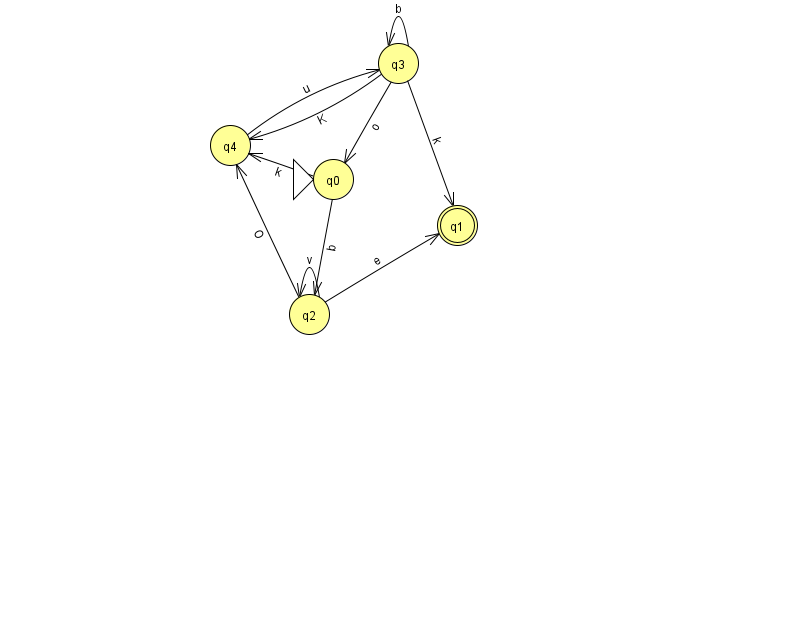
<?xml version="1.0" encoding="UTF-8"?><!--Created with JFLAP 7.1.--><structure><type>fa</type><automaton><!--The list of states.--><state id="0" name="q0"><x>333.0</x><y>166.0</y><initial/></state><state id="1" name="q1"><x>457.0</x><y>212.0</y><final/></state><state id="2" name="q2"><x>309.0</x><y>301.0</y></state><state id="3" name="q3"><x>398.0</x><y>50.0</y></state><state id="4" name="q4"><x>230.0</x><y>132.0</y></state><!--The list of transitions.--><transition><from>3</from><to>3</to><read>b</read></transition><transition><from>4</from><to>3</to><read>u</read></transition><transition><from>0</from><to>2</to><read>b</read></transition><transition><from>2</from><to>2</to><read>v</read></transition><transition><from>3</from><to>1</to><read>k</read></transition><transition><from>0</from><to>4</to><read>k</read></transition><transition><from>2</from><to>4</to><read>O</read></transition><transition><from>3</from><to>0</to><read>o</read></transition><transition><from>2</from><to>1</to><read>e</read></transition><transition><from>3</from><to>4</to><read>K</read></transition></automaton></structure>